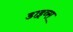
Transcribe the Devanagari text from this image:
डाइव्स